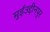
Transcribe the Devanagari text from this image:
मुईउद्दीनपुर